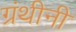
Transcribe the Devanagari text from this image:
ग्रंथीनी